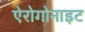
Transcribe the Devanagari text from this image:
ऐरोगोनाइट